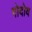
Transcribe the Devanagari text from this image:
गोदोय